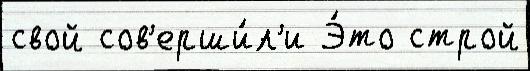
свой сов'ерши́л'и Э́то строй